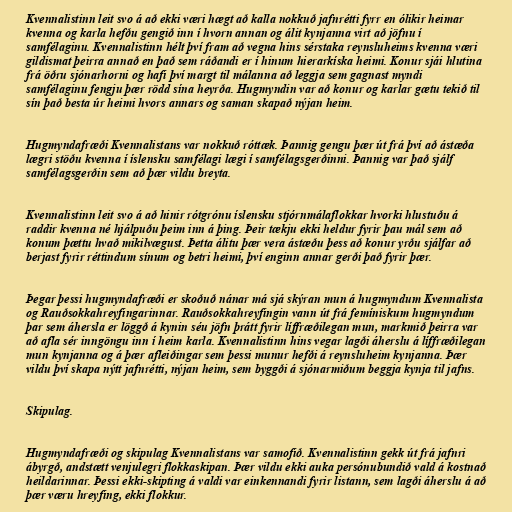
Kvennalistinn leit svo á að ekki væri hægt að kalla nokkuð jafnrétti fyrr en ólikir heimar
kvenna og karla hefðu gengið inn í hvorn annan og álit kynjanna virt að jöfnu í
samfélaginu. Kvennalistinn hélt því fram að vegna hins sérstaka reynsluheims kvenna væri
gildismat þeirra annað en það sem ráðandi er í hinum hierarkíska heimi. Konur sjái hlutina
frá öðru sjónarhorni og hafi því margt til málanna að leggja sem gagnast myndi
samfélaginu fengju þær rödd sína heyrða. Hugmyndin var að konur og karlar gætu tekið til
sín það besta úr heimi hvors annars og saman skapað nýjan heim.

Hugmyndafræði Kvennalistans var nokkuð róttæk. Þannig gengu þær út frá því að ástæða
lægri stöðu kvenna í íslensku samfélagi lægi í samfélagsgerðinni. Þannig var það sjálf
samfélagsgerðin sem að þær vildu breyta.

Kvennalistinn leit svo á að hinir rótgrónu íslensku stjórnmálaflokkar hvorki hlustuðu á
raddir kvenna né hjálpuðu þeim inn á þing. Þeir tækju ekki heldur fyrir þau mál sem að
konum þættu hvað mikilvægust. Þetta álitu þær vera ástæðu þess að konur yrðu sjálfar að
berjast fyrir réttindum sínum og betri heimi, því enginn annar gerði það fyrir þær.

Þegar þessi hugmyndafræði er skoðuð nánar má sjá skýran mun á hugmyndum Kvennalista
og Rauðsokkahreyfingarinnar. Rauðsokkahreyfingin vann út frá femíniskum hugmyndum
þar sem áhersla er löggð á kynin séu jöfn þrátt fyrir líffræðilegan mun, markmið þeirra var
að afla sér inngöngu inn í heim karla. Kvennalistinn hins vegar lagði áherslu á líffræðilegan
mun kynjanna og á þær afleiðingar sem þessi munur hefði á reynsluheim kynjanna. Þær
vildu því skapa nýtt jafnrétti, nýjan heim, sem byggði á sjónarmiðum beggja kynja til jafns.

Skipulag.

Hugmyndafræði og skipulag Kvennalistans var samofið. Kvennalistinn gekk út frá jafnri
ábyrgð, andstætt venjulegri flokkaskipan. Þær vildu ekki auka persónubundið vald á kostnað
heildarinnar. Þessi ekki-skipting á valdi var einkennandi fyrir listann, sem lagði áherslu á að
þær væru hreyfing, ekki flokkur.